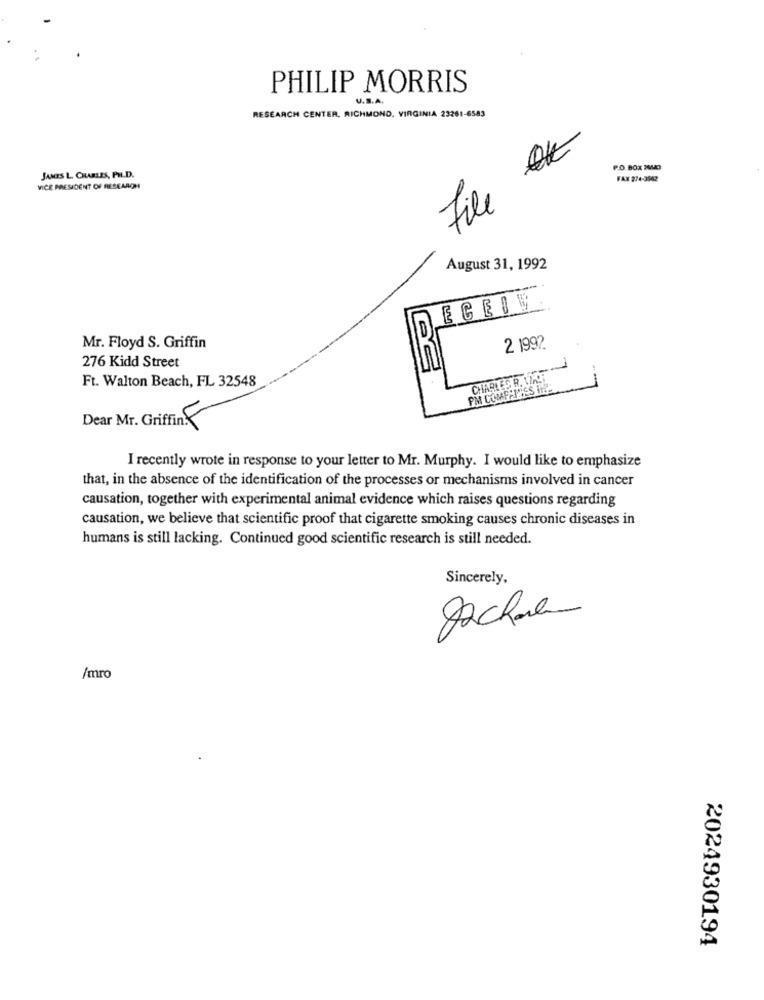
PHILIP MORRIS
U.S.A.
RESEARCH CENTER, RICHMOND, VIRGINIA 23261-6583
File OK
P.O. BOX 26543
JAMES L. CHARLES, PH.D.
FAX 274-3942
VICE PRESIDENT OF RESEARCH
August 31, 1992
ECEIV.
Mr. Floyd S. Griffin
2 1992
276 Kidd Street
Ft. Walton Beach, FL 32548
CHARLES R. 12KOH
PM COMPANIES IN !!
Dear Mr. Griffin
I recently wrote in response to your letter to Mr. Murphy. I would like to emphasize
that, in the absence of the identification of the processes or mechanisms involved in cancer
causation, together with experimental animal evidence which raises questions regarding
causation, we believe that scientific proof that cigarette smoking causes chronic diseases in
humans is still lacking. Continued good scientific research is still needed.
Sincerely.
/mro
2024930194